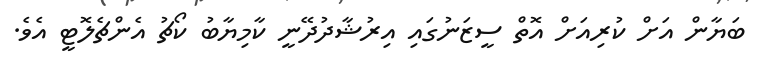
ބަޔާން އަށް ކުރިއަށް އޮތް ސީޒަނުގައި އިރުޝާދުދޭނީ ކާމިޔާބު ކޯޗު އެންޗެލޮޓީ އެވެ.